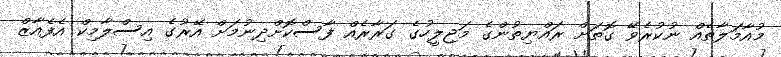
މުއާމަލާތެއް ނުކުރެވޭ ގޮތަށް ރައްޔިތުންގެ މަޖިލީހުގެ ގަރާރެއް ފާސްކޮށްދިނުމަށް އޭރުގެ އިސްލާމިކް އެފެއާޒް